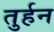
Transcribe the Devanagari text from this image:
तुर्हन